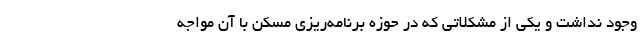
وجود نداشت و یکی از مشکلاتی که در حوزه برنامه‌ریزی مسکن با آن مواجه